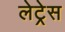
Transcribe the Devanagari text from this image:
लेट्रेस